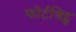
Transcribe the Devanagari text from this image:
फोर्टश्रिट्स